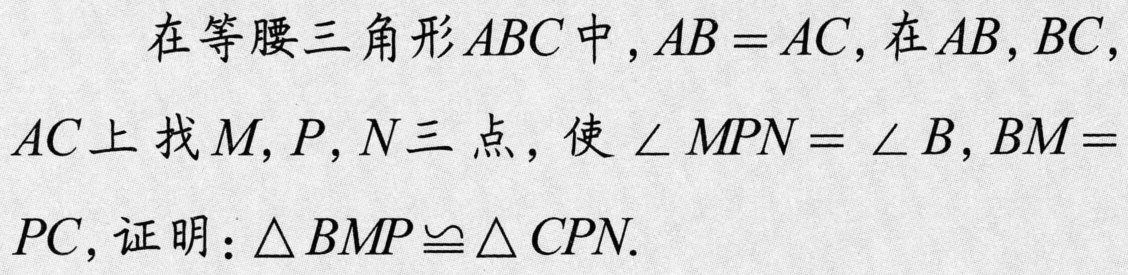
在等腰三角形\(ABC\)中，\(AB = AC\)，在\(AB,BC,AC\)上找\(M,P,N\)三点，使\(\angle MPN=\angle B\)，\(BM = PC\)，证明：\(\triangle BMP\cong\triangle CPN\).